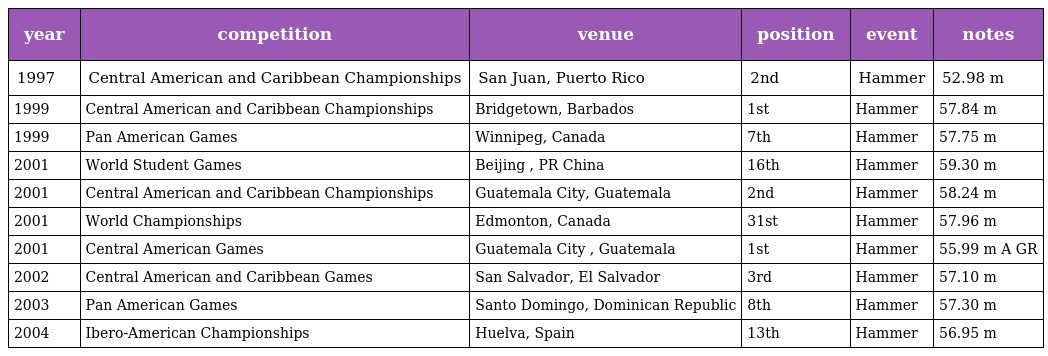
| year | competition | venue | position | event | notes |
 | --- | --- | --- | --- | --- | --- |
 | 1997 | Central American and Caribbean Championships | San Juan, Puerto Rico | 2nd | Hammer | 52.98 m |
 | 1999 | Central American and Caribbean Championships | Bridgetown, Barbados | 1st | Hammer | 57.84 m |
 | 1999 | Pan American Games | Winnipeg, Canada | 7th | Hammer | 57.75 m |
 | 2001 | World Student Games | Beijing , PR China | 16th | Hammer | 59.30 m |
 | 2001 | Central American and Caribbean Championships | Guatemala City, Guatemala | 2nd | Hammer | 58.24 m |
 | 2001 | World Championships | Edmonton, Canada | 31st | Hammer | 57.96 m |
 | 2001 | Central American Games | Guatemala City , Guatemala | 1st | Hammer | 55.99 m A GR |
 | 2002 | Central American and Caribbean Games | San Salvador, El Salvador | 3rd | Hammer | 57.10 m |
 | 2003 | Pan American Games | Santo Domingo, Dominican Republic | 8th | Hammer | 57.30 m |
 | 2004 | Ibero-American Championships | Huelva, Spain | 13th | Hammer | 56.95 m |